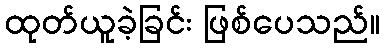
ထုတ်ယူခဲ့ခြင်း ဖြစ်ပေသည်။